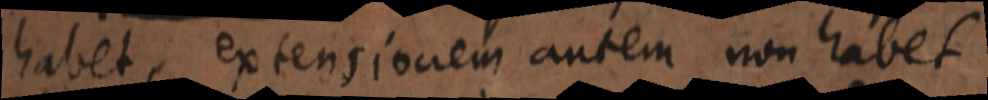
habet, extensionem autem non habet